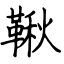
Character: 鞦